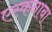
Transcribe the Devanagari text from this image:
एस्कनाबा